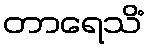
တာရေသိံ